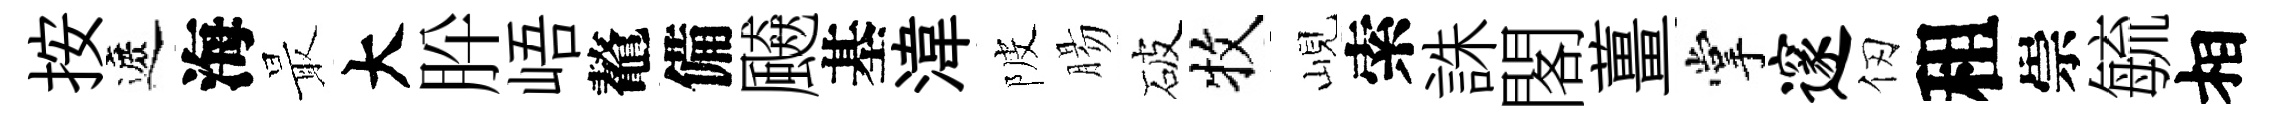
按遮海最大肸峿鼇備飇基湋陂腸破牧峴索誅閣薑掌邃仞租崇毓相